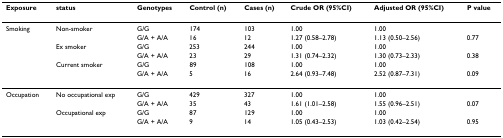
<table><thead><tr><td><b>Exposure</b></td><td><b>status</b></td><td><b>Genotypes</b></td><td><b>Control (n)</b></td><td><b>Cases (n)</b></td><td><b>Crude OR (95%CI)</b></td><td><b>Adjusted OR (95%CI)</b></td><td><b>P value</b></td></tr></thead><tbody><tr><td>Smoking</td><td>Non-smoker</td><td>G/G</td><td>174</td><td>103</td><td>1.00</td><td>1.00</td><td></td></tr><tr><td></td><td></td><td>G/A + A/A</td><td>16</td><td>12</td><td>1.27 (0.58–2.78)</td><td>1.13 (0.50–2.56)</td><td>0.77</td></tr><tr><td></td><td>Ex smoker</td><td>G/G</td><td>253</td><td>244</td><td>1.00</td><td>1.00</td><td></td></tr><tr><td></td><td></td><td>G/A + A/A</td><td>23</td><td>29</td><td>1.31 (0.74–2.32)</td><td>1.30 (0.73–2.33)</td><td>0.38</td></tr><tr><td></td><td>Current smoker</td><td>G/G</td><td>89</td><td>108</td><td>1.00</td><td>1.00</td><td></td></tr><tr><td></td><td></td><td>G/A + A/A</td><td>5</td><td>16</td><td>2.64 (0.93–7.48)</td><td>2.52 (0.87–7.31)</td><td>0.09</td></tr><tr><td>Occupation</td><td>No occupational exp</td><td>G/G</td><td>429</td><td>327</td><td>1.00</td><td>1.00</td><td></td></tr><tr><td></td><td></td><td>G/A + A/A</td><td>35</td><td>43</td><td>1.61 (1.01–2.58)</td><td>1.55 (0.96–2.51)</td><td>0.07</td></tr><tr><td></td><td>Occupational exp</td><td>G/G</td><td>87</td><td>129</td><td>1.00</td><td>1.00</td><td></td></tr><tr><td></td><td></td><td>G/A + A/A</td><td>9</td><td>14</td><td>1.05 (0.43–2.53)</td><td>1.03 (0.42–2.54)</td><td>0.95</td></tr></tbody></table>